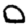
Digit: 0